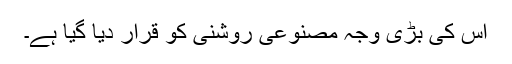
اس کی بڑی وجہ مصنوعی روشنی کو قرار دیا گیا ہے۔